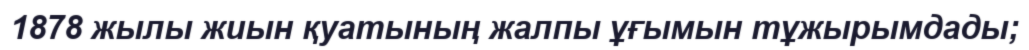
1878 жылы жиын қуатының жалпы ұғымын тұжырымдады;